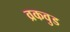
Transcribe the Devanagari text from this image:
व्रकवुड